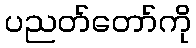
ပညတ်တော်ကို